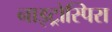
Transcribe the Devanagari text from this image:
नाइट्रोस्पिरा